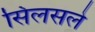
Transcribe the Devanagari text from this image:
सिलसले